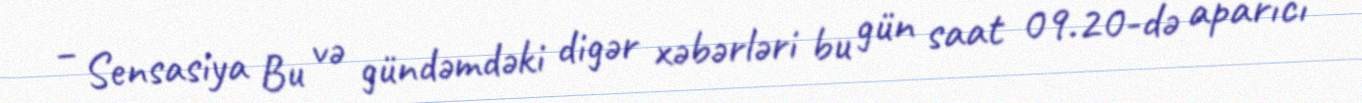
– Sensasiya Bu və gündəmdəki digər xəbərləri bu gün saat 09.20-də aparıcı